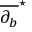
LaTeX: { \overline { { \partial _ { b } } } } ^ { \star }